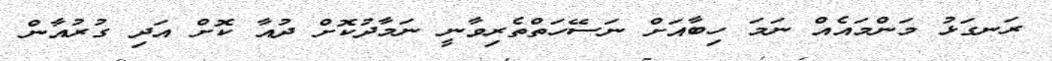
ރަނގަޅު މަންމައެއް ނަމަ ހިބާއަށް ނަސޭހަތްތެރިވާނީ ނަމާދުކޮށް ދުއާ ކޮށް އަދި ގުރުއާން